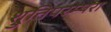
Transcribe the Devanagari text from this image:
श्रुतिपरम्परा